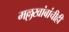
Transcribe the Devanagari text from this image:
मल्लखांबांचीही